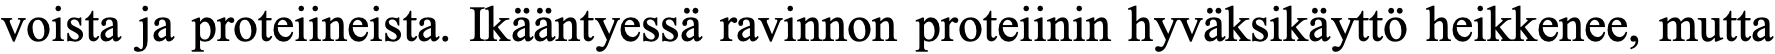
voista ja proteiineista. Ikääntyessä ravinnon proteiinin hyväksikäyttö heikkenee, mutta